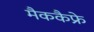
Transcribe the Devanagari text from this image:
मैककैफ्रे